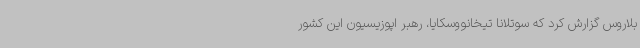
بلاروس گزارش کرد که سوتلانا تیخانووسکایا، رهبر اپوزیسیون این کشور